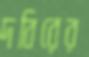
দবিরের